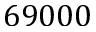
6 9 0 0 0